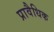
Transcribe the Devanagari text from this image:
प्रावैधिक